Civil Veterinary Dept. North-West Frontier Province 1923-32 - 1923-1932
Year: 1923
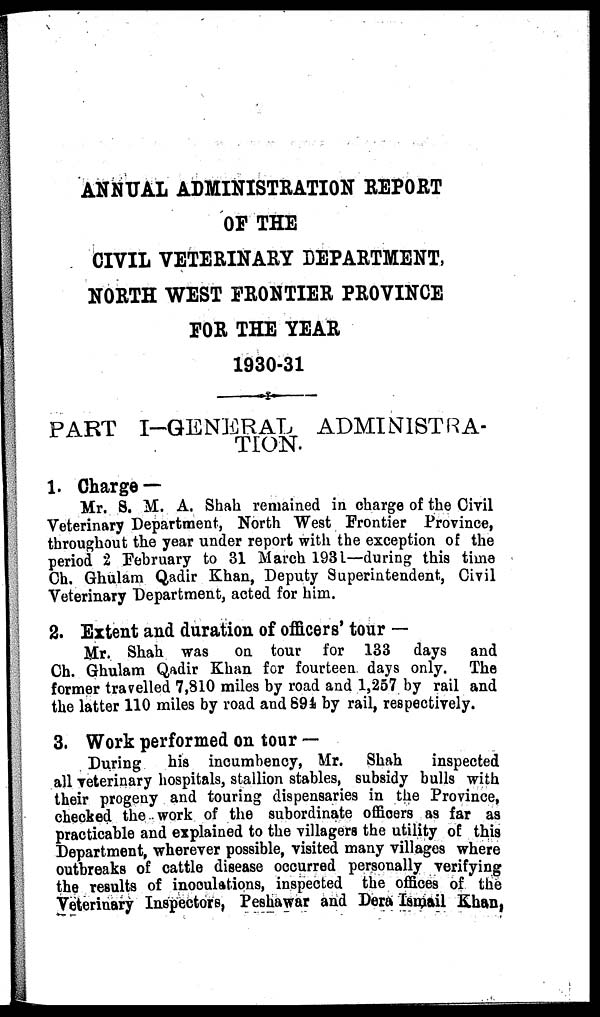
ANNUAL ADMINISTRATION REPORT
OF THE
CIVIL VETERINARY DEPARTMENT,
NORTH WEST FRONTIER PROVINCE
FOR THE YEAR
1930-31
PART I-GENERAL
ADMINISTRA-
TION.
1. Charge—
Mr. S. M. A. Shah remained in charge of the Civil
Veterinary Department, North West Frontier Province,
throughout the year under report with the exception of the
period 2 February to 31 March 1931—during this time
Ch. Ghulam Qadir Khan, Deputy Superintendent, Civil
Veterinary Department, acted for him.
2. Extent and duration of officers' tour —
Mr. Shah was on tour for 133 days and
Ch. Ghulam Qadir Khan for fourteen days only. The
former travelled 7,810 miles by road and 1,257 by rail and
the latter 110 miles by road and 894 by rail, respectively.
3. Work performed on tour—
During
his incumbency, Mr. Shah
inspected
all veterinary hospitals, stallion stables, subsidy bulls with
their progeny and touring dispensaries in the Province,
checked the work of the subordinate officers as far as
practicable and explained to the villagers the utility of this
Department, wherever possible, visited many villages where
outbreaks of cattle disease occurred personally verifying
the results of inoculations, inspected the offices of the
Veterinary Inspectors, Peshawar and Dera Ismail Khan,